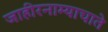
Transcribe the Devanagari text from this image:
जाहीरनाम्याचाते